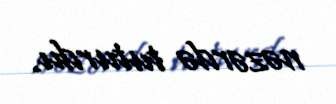
nəzərdə tuturdu.